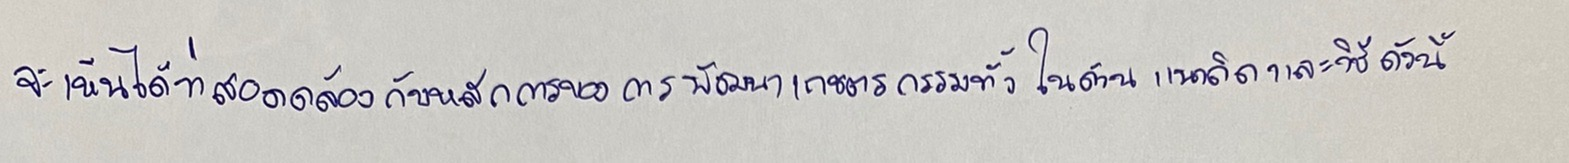
จะเห็นได้ว่าสอดคล้องกับหลักการของการพัฒนาเกษตรกรรมทั้งในด้านแนวคิดและวิธีการดังนี้